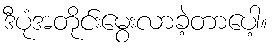
ဒီပုံအတိုင်းမွေးလာခဲ့တာပေါ့။